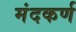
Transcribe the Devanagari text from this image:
मंदकर्ण